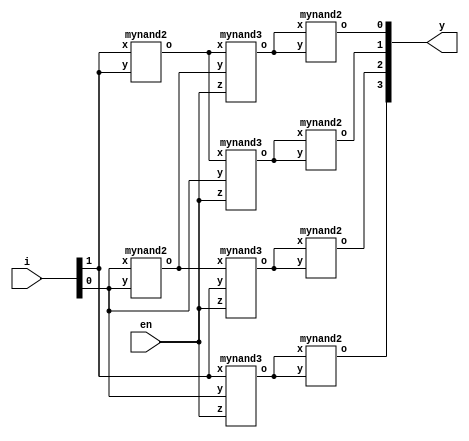
`timescale 1ns / 1ps
//////////////////////////////////////////////////////////////////////////////////
// Company: 
// Engineer: 
// 
// Design Name: 
// Module Name:    Decoder_2to4 
// Project Name: 
// Target Devices: 
// Tool versions: 
// Description: 
//
// Dependencies: 
//
// Revision: 
// Revision 0.01 - File Created
// Additional Comments: 
//
//////////////////////////////////////////////////////////////////////////////////
module Decoder_2to4(output [3:0]y,
    input [1:0]i,
    input en
    );
	 wire w1,w2,w3,w4,w5,w6;
	 mynand2 n1(w1,i[1],i[1]);
	 mynand2 n2(w2,i[0],i[0]);
	 mynand3 n3(w3,w1,w2,en);
	 mynand2 n4(y[0],w3,w3);
 	 mynand3 n5(w4,w1,i[0],en);
	 mynand2 n6(y[1],w4,w4);
	 mynand3 n7(w5,w2,i[1],en);
	 mynand2 n8(y[2],w5,w5);
	 mynand3 n9(w6,i[1],i[0],en);
	 mynand2 n10(y[3],w6,w6);
	

endmodule
module mynand2(output o,
    input x,y
    );
	 assign o=~(x&y);
endmodule
	 
module mynand3(output o,
    input x,y,z
    
    );
	 assign o=~(x&y&z);
endmodule